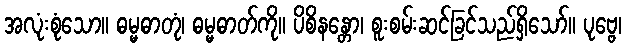
အလုံးစုံသော။ ဓမ္မဓာတုံ၊ ဓမ္မဓာတ်ကို။ ပိစိနန္တော၊ စူးစမ်းဆင်ခြင်သည်ရှိသော်။ ပုဗ္ဗေ၊